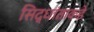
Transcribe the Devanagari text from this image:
सिद्धांताकडे